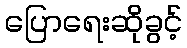
ပြောရေးဆိုခွင့်